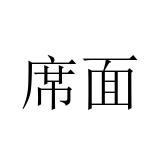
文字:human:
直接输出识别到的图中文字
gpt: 席面